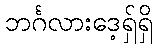
ဘင်္ဂလားဒေ့ရှ်ရှိ